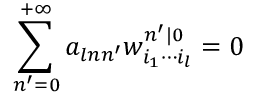
\sum _ { n ^ { \prime } = 0 } ^ { + \infty } a _ { l n n ^ { \prime } } w _ { i _ { 1 } \cdots i _ { l } } ^ { n ^ { \prime } | 0 } = 0